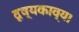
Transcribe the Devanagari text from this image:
दृष्यकाव्य।